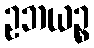
ဥဘယဉ္စ